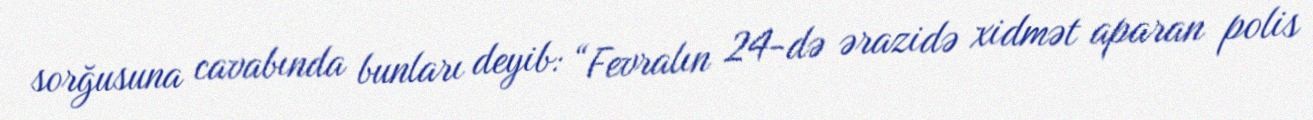
sorğusuna cavabında bunları deyib: “Fevralın 24-də ərazidə xidmət aparan polis